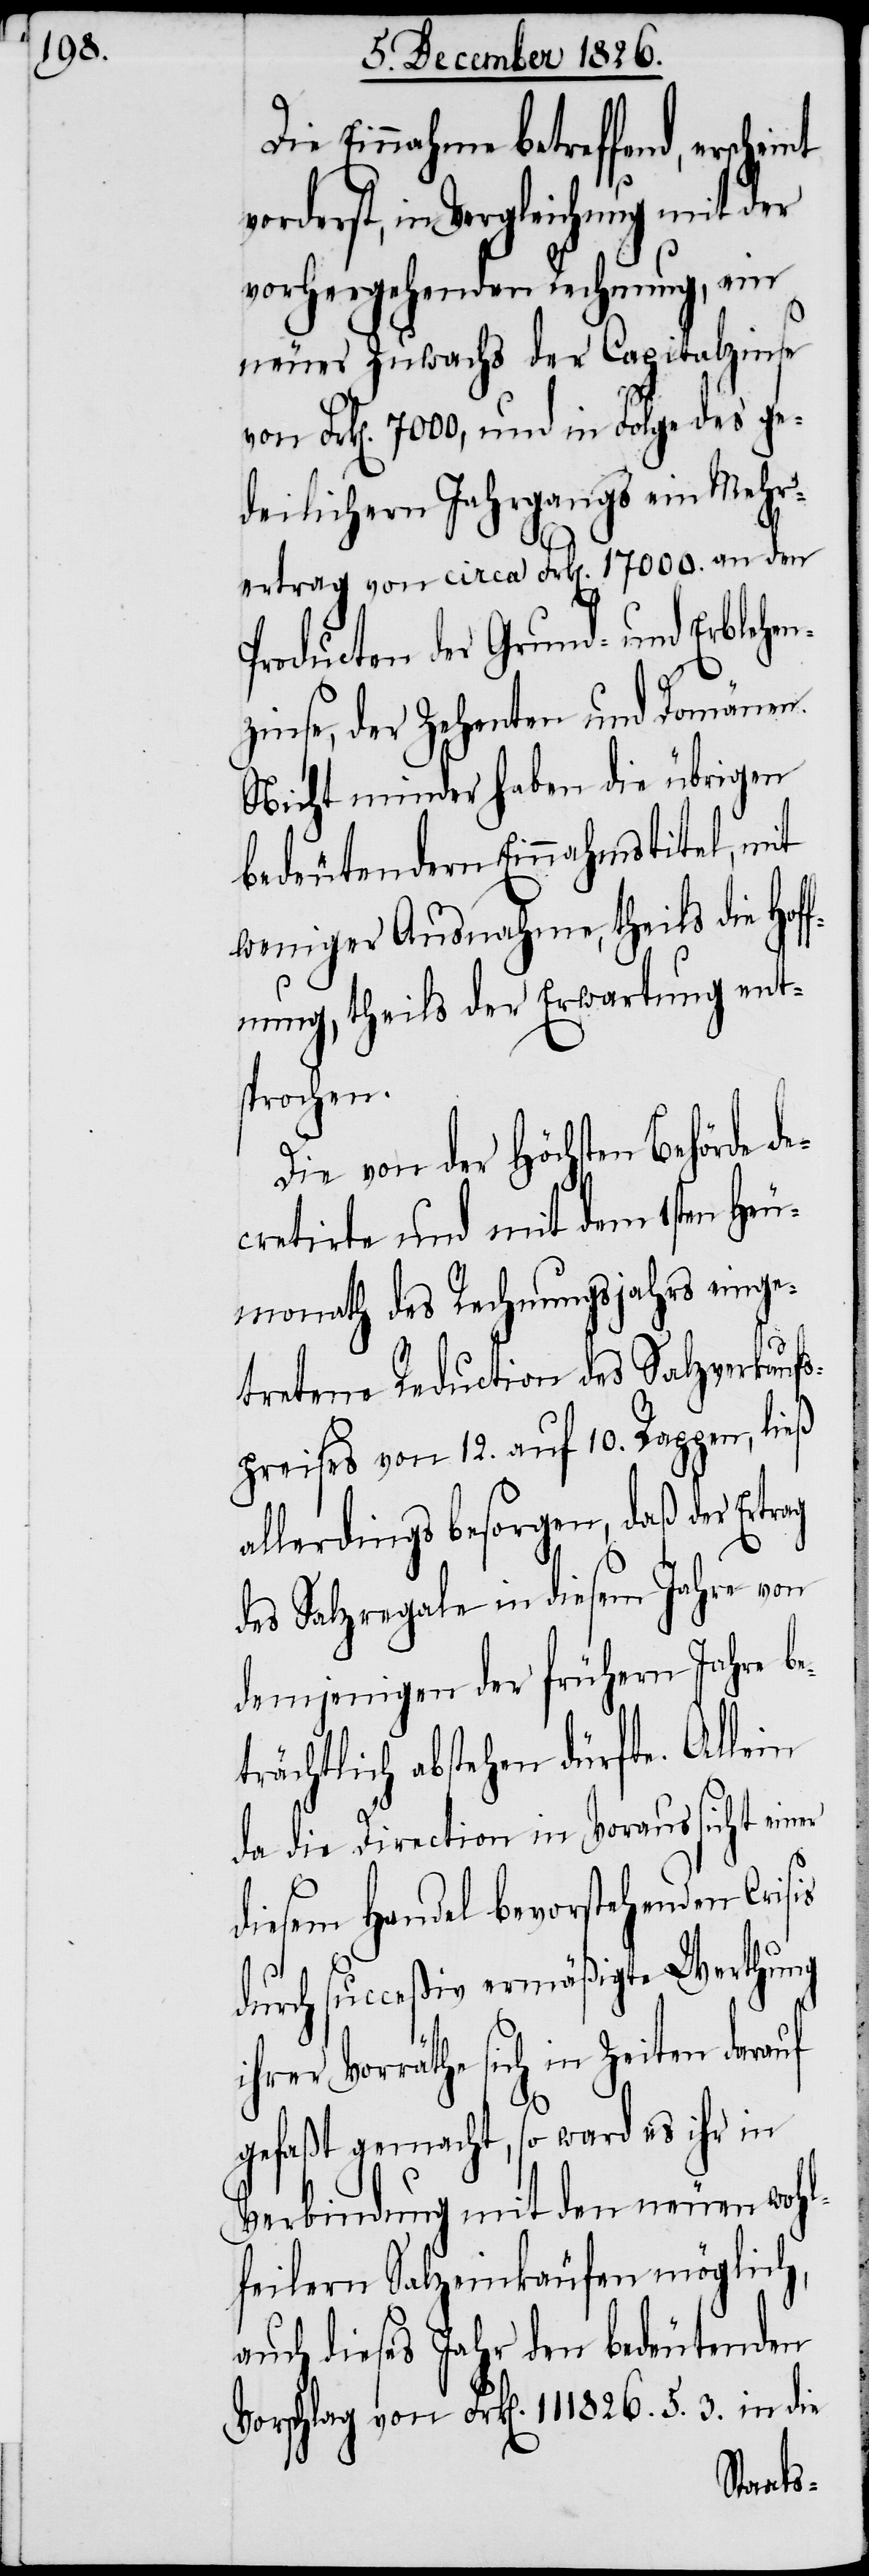
Die Einnahme betreffend,
vorderst, in Vergleichung mit der
vorhergehenden Rechnung, ein
neuer Zuwachs der Capitalzinse
von Frk[en]. 7000, und in Folge des ge¬
deilichern Jahrgangs ein Mehr¬
ertrag von circa Frk[en]. 17 000. an den
Producten der Grund- und Erblehe¬
nzinse, der Zehenten und Domänen.
Nicht minder haben die übrigen
bedeutendern Einnahmstitel, mit
weniger Ausnahme, theils die Hof¬
fnung, theils der Erwartung ent¬
sprochen.
Die von der Höchsten Behörde de¬
cretirte und mit dem 1sten Heu¬
monath des Rechnungsjahres einge¬
tretene Reduction des Salzverkaufs¬
preises von 12. auf 10. Rappen, ließ
allerdings besorgen, daß der Ertrag
des Salzregale in diesem Jahre von
demjenigen der frühern Jahre be¬
trächtlich abstehen dürfte. Allein
da die Direction in Voraussicht einer
diesem Handel bevorstehenden Crisis
durch succeßiv ermäßigte Werthung
Vorräthe sich in Zeiten darauf
3.
gefaßt gemacht, so ward es ihr in
Verbindung mit den neuen wohl¬
feilern Salzeinkäufen möglich,
auch dieses Jahr den bedeutenden